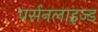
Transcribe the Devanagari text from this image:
पर्सनलाइज्ड